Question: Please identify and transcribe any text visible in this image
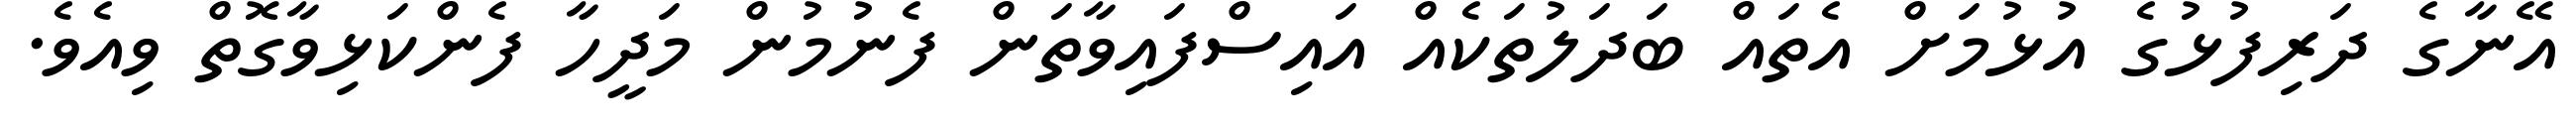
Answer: އޭނާގެ ދަރިފުޅުގެ އުޅުމަށް އެތައް ބަދަލުތަކެއް އައިސްފައިވާތަން ފެނުމުން މަދީހާ ފެންކަޅިވާގޮތް ވިއެވެ.